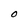
Character: 0